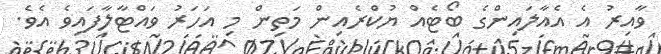
ވާއިރު އެ އެއާލައިންގެ ބޯޓެއް ޔުކްރެއިން މަތިން މި އަހަރު ވައްޓާލާފައިވެ އެވެ.